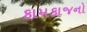
કામકાજનો